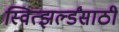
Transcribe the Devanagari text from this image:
स्वित्झर्ल्डंसाठी